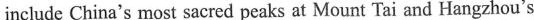
include China's most sacred peaks at Mount Tai and Hangzhou's